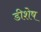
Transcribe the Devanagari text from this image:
डीशेष